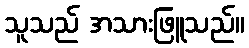
သူသည် အသားဖြူသည်။